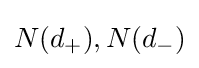
N(d_{+}),N(d_{-})